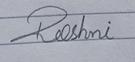
Signature authenticity: forged